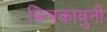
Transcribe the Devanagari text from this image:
मिचकावुनी